65_HS1-834228961_62-HQ-83894_Section_3
Agency: FBI
Page 165
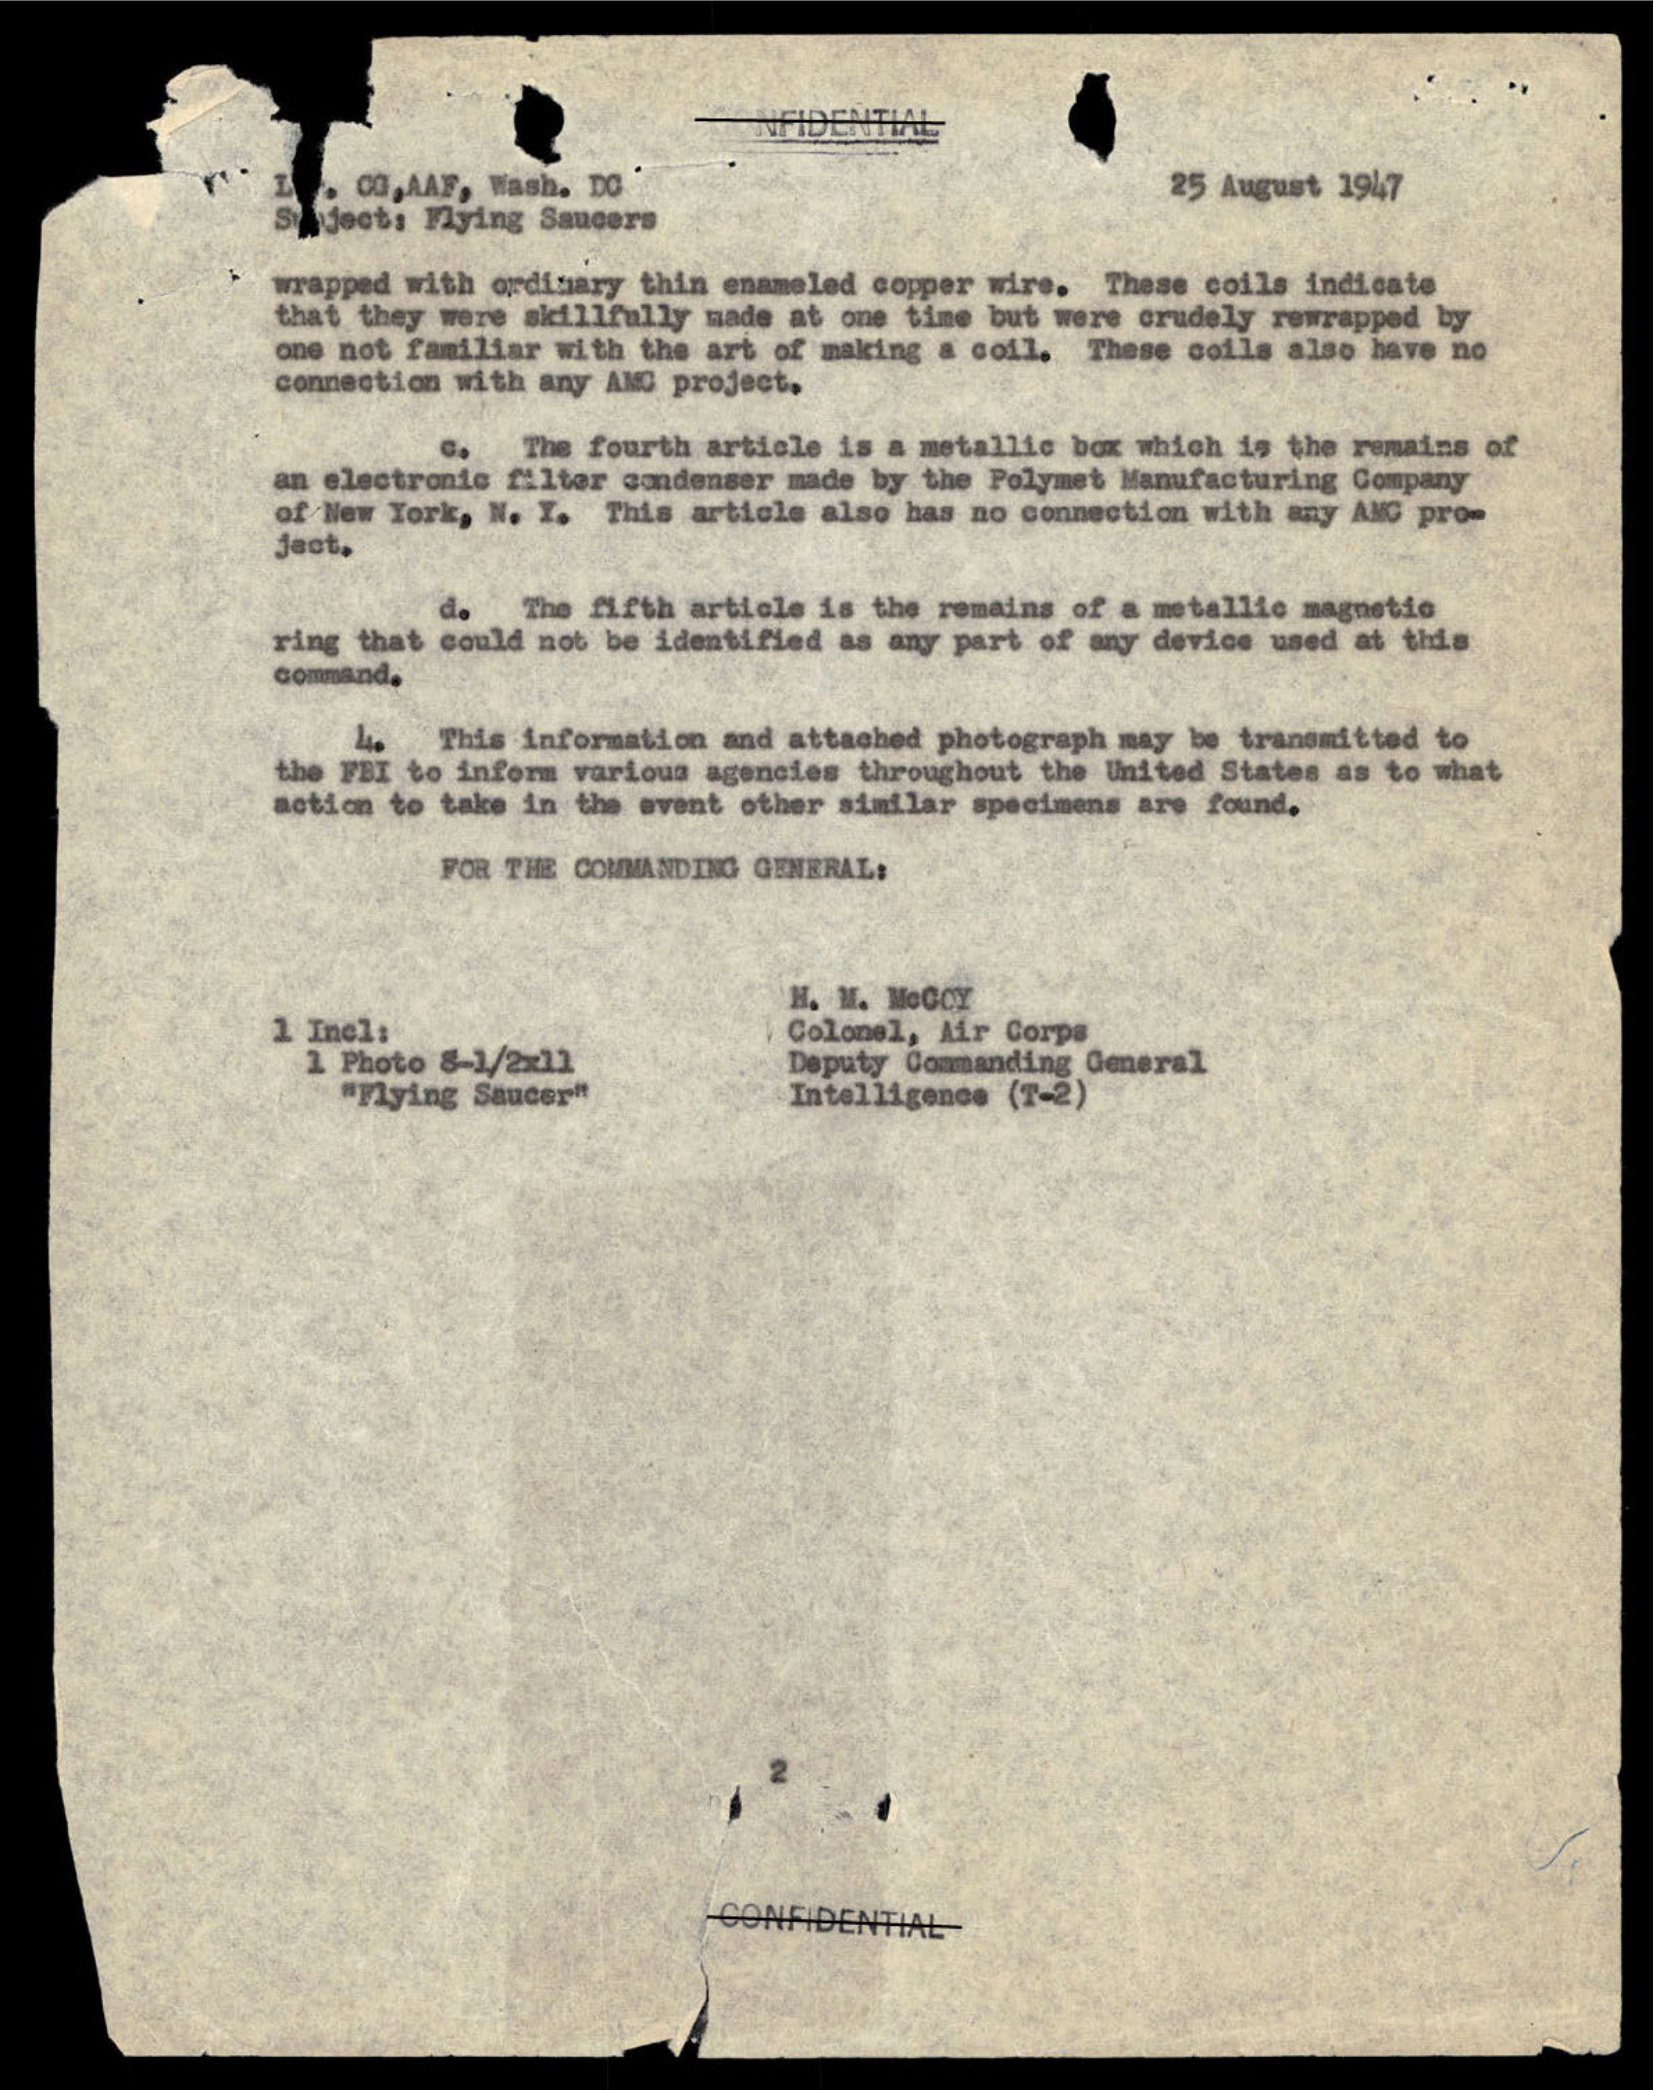